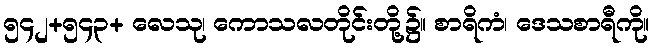
၅၄၂+၅၄၃+ လေသု၊ ကောသလတိုင်းတို့၌။ စာရိကံ၊ ဒေသစာရီကို။